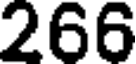
266